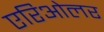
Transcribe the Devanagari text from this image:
एरिओलर